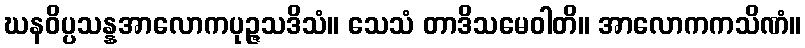
ဃနဝိပ္ပသန္နအာလောကပုဉ္ဇသဒိသံ။ သေသံ တာဒိသမေဝါတိ။ အာလောကကသိဏံ။